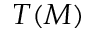
T ( M )